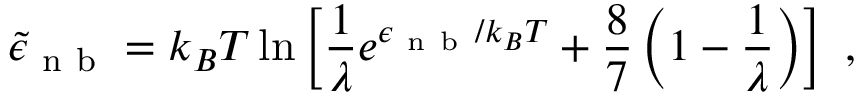
\tilde { \epsilon } _ { \mathrm { ~ n ~ b ~ } } = k _ { B } T \ln \left[ \frac { 1 } { \lambda } e ^ { \epsilon _ { \mathrm { ~ n ~ b ~ } } / k _ { B } T } + \frac { 8 } { 7 } \left( 1 - \frac { 1 } { \lambda } \right) \right] ~ ,